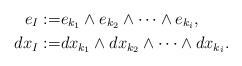
LaTeX: \begin{align*} e_I:=& e_{k_1} \wedge e_{k_2} \wedge \cdots \wedge e_{k_i}, \\ d x_I:=& dx_{k_1} \wedge dx_{k_2} \wedge \cdots \wedge dx_{k_i}. \end{align*}